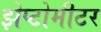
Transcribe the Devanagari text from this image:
झेप्टोमीटर